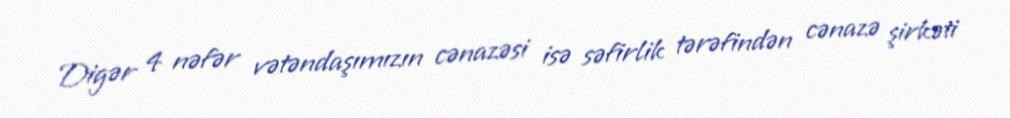
Digər 4 nəfər vətəndaşımızın cənazəsi isə səfirlik tərəfindən cənazə şirkəti